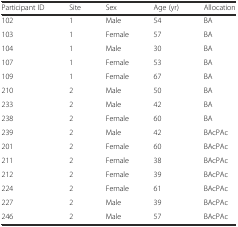
| Participant ID | Site | Sex | Age (yr) | Allocation |
 | --- | --- | --- | --- | --- |
 | 102 | 1 | Male | 54 | BA |
 | 103 | 1 | Female | 57 | BA |
 | 104 | 1 | Male | 30 | BA |
 | 107 | 1 | Female | 53 | BA |
 | 109 | 1 | Female | 67 | BA |
 | 210 | 2 | Male | 50 | BA |
 | 233 | 2 | Male | 42 | BA |
 | 238 | 2 | Female | 60 | BA |
 | 239 | 2 | Male | 42 | BAcPAc |
 | 201 | 2 | Female | 60 | BAcPAc |
 | 211 | 2 | Female | 38 | BAcPAc |
 | 212 | 2 | Female | 39 | BAcPAc |
 | 224 | 2 | Female | 61 | BAcPAc |
 | 227 | 2 | Male | 39 | BAcPAc |
 | 246 | 2 | Male | 57 | BAcPAc |